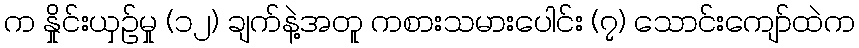
က နှိုင်းယှဉ်မှု (၁၂) ချက်နဲ့အတူ ကစားသမားပေါင်း (၇) သောင်းကျော်ထဲက